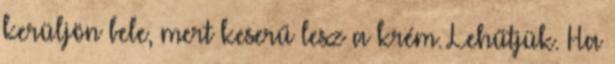
kerüljön bele, mert keserű lesz a krém. Lehűtjük. Ha